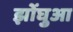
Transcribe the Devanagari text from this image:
झोंघुआ